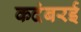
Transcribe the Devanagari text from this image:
कदंबरई